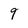
Character: 9